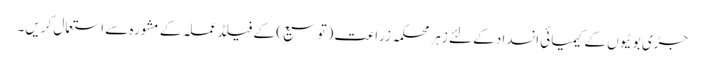
جڑی بوٹیوں کے کیمیائی انسداد کے لئے زہر محکمہ زراعت (توسیع) کے فیلڈ عملہ کے مشورہ سے استعمال کریں۔